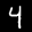
Label: 4